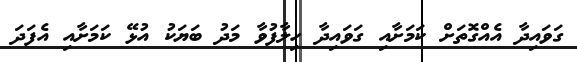
ގަވައިދާ އެއްގޮތަށް ކަމަށާއި ގަވައިދާ ހިލާފުވާ މަދު ބަޔަކު އުޅޭ ކަމަށާއި އެފަދަ